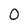
Character: 0